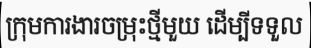
ក្រុមការងារចម្រុះថ្មីមួយ ដើម្បីទទួល